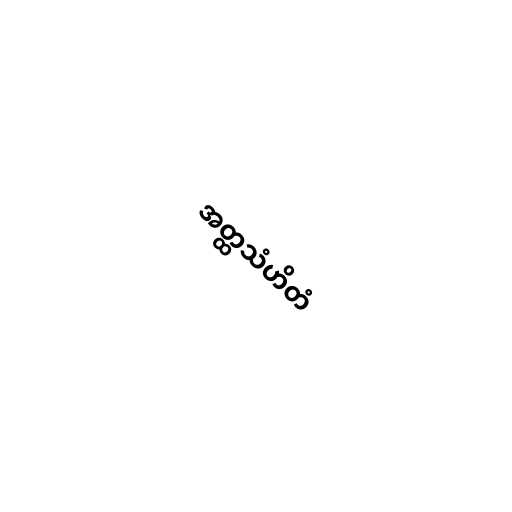
အတ္ထသံဟိတံ